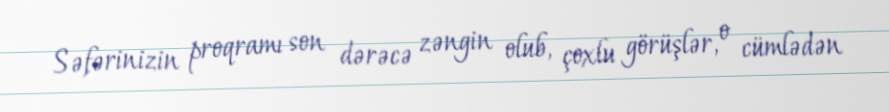
Səfərinizin proqramı son dərəcə zəngin olub, çoxlu görüşlər, o cümlədən